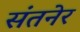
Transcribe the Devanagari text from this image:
संतनेर